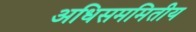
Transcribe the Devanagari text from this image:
अधिसममितीय